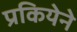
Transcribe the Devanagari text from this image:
प्रकियेने